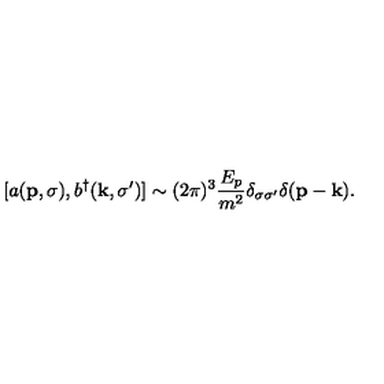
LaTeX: [ a ( { \bf p } , \sigma ) , b ^ { \dagger } ( { \bf k } , \sigma ^ { \prime } ) ] \sim ( 2 \pi ) ^ { 3 } { \frac { E _ { p } } { m ^ { 2 } } } \delta _ { \sigma \sigma ^ { \prime } } \delta ( { \bf p } - { \bf k } ) .